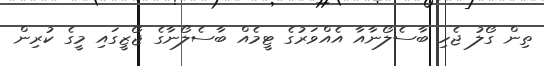
ތިން ގޯލު ޖެހި ބާސެލޯނާއާ އެއްވަރުގެ ޓީމެއް ބާސެލޯނާގެ ޖޯޒީގައި މީގެ ކުރިން